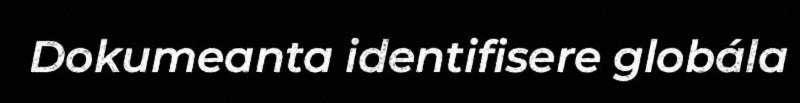
Dokumeanta identifisere globála